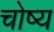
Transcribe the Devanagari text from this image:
चोष्य